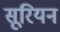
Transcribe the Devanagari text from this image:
सूरियन